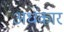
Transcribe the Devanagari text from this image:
अधंकार